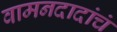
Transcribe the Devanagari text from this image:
वामनदादांचं